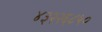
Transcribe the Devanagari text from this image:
४३२२६८५०